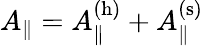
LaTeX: A_{\| }=A_{\| }^{\mathrm{(h)}}+A_{\| }^{\mathrm{(s)}}